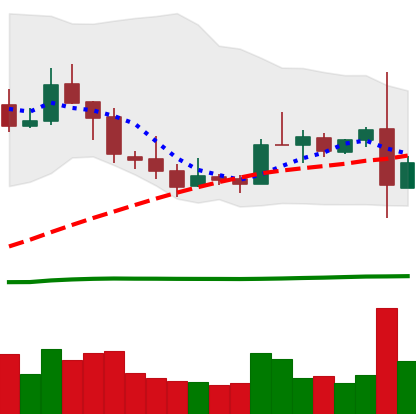
Ticker: TRX-USD
Chart end date: 2019-02-25
Forward return: -6.188%
Label: down_5_7